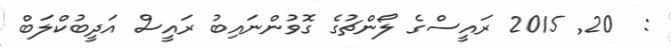
:  20